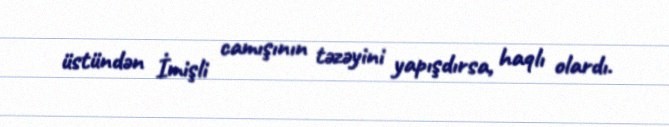
üstündən İmişli camışının təzəyini yapışdırsa, haqlı olardı.